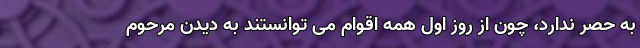
به حصر ندارد، چون از روز اول همه اقوام می توانستند به دیدن مرحوم